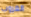
الغروب